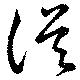
従